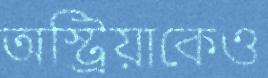
অস্ট্রিয়াকেও